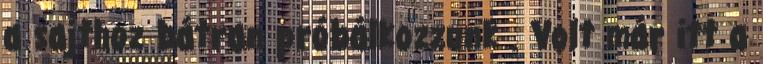
a sajthoz bátran próbálkozzunk . Volt már itt a